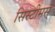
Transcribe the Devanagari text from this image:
सिस्टीमस्